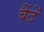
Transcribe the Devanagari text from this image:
बैंठें